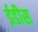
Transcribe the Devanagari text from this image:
ईडीस